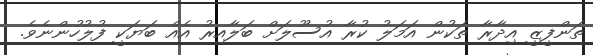
ތަންފީޒީ އިދާރާ ތަކުން އަމަލު ކުރާ އުސޫލަށް ބަލާއިރު އެއް ބަޔަކީ ފުލުހުންނެވެ.